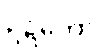
ဥဍ္ဍိတော